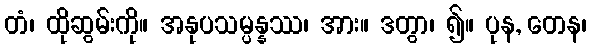
တံ၊ ထိုဆွမ်းကို။ အနုပသမ္ပန္နဿ၊ အား။ ဒတွာ၊ ၍။ ပုန, တေန၊